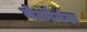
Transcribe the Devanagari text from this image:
मेकोगंक